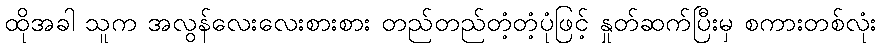
ထိုအခါ သူက အလွန်လေးလေးစားစား တည်တည်တံ့တံ့ပုံဖြင့် နှုတ်ဆက်ပြီးမှ စကားတစ်လုံး